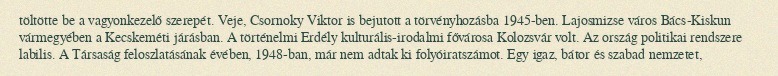
töltötte be a vagyonkezelő szerepét. Veje, Csornoky Viktor is bejutott a törvényhozásba 1945-ben. Lajosmizse város Bács-Kiskun vármegyében a Kecskeméti járásban. A történelmi Erdély kulturális-irodalmi fővárosa Kolozsvár volt. Az ország politikai rendszere labilis. A Társaság feloszlatásának évében, 1948-ban, már nem adtak ki folyóiratszámot. Egy igaz, bátor és szabad nemzetet,